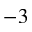
^ { - 3 }